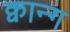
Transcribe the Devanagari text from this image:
क्वान्ग